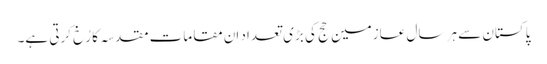
پاکستان سے ہر سال عازمین حج کی بڑی تعداد اِن مقامات مقدسہ کا رُخ کرتی ہے۔